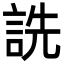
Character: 詵